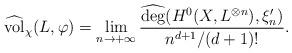
LaTeX: \begin{align*}\operatorname{\widehat{vol}}_{\chi}(L,\varphi)=\lim_{n\rightarrow+\infty}\frac{\widehat{\deg}(H^0(X,L^{\otimes n}),\xi_n')}{n^{d+1}/(d+1)!}.\end{align*}